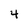
Character: 4